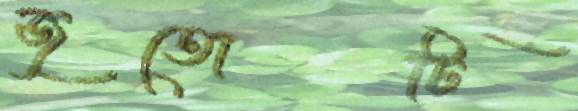
জুতোটি